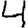
Digit: 4